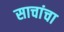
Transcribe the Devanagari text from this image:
साचांचा